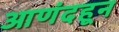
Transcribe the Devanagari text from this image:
आणंदहून